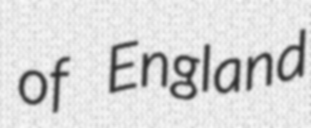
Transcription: of England